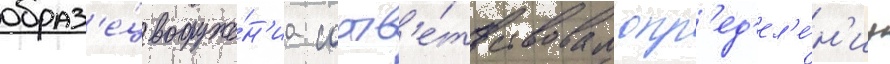
образ'е́ц вооруже́н'иа соотв'е́тствовал опр'ед'ел'е́н'иу